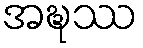
အဍ္ဎဿ